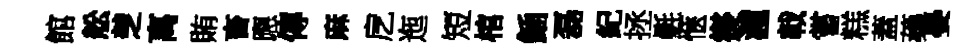
館舩椘离賄畜應傳麻戹迤短棺鍤磊紀拯氎愜爕瀧戟嘗糕蓋蘃晏